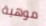
موهبة